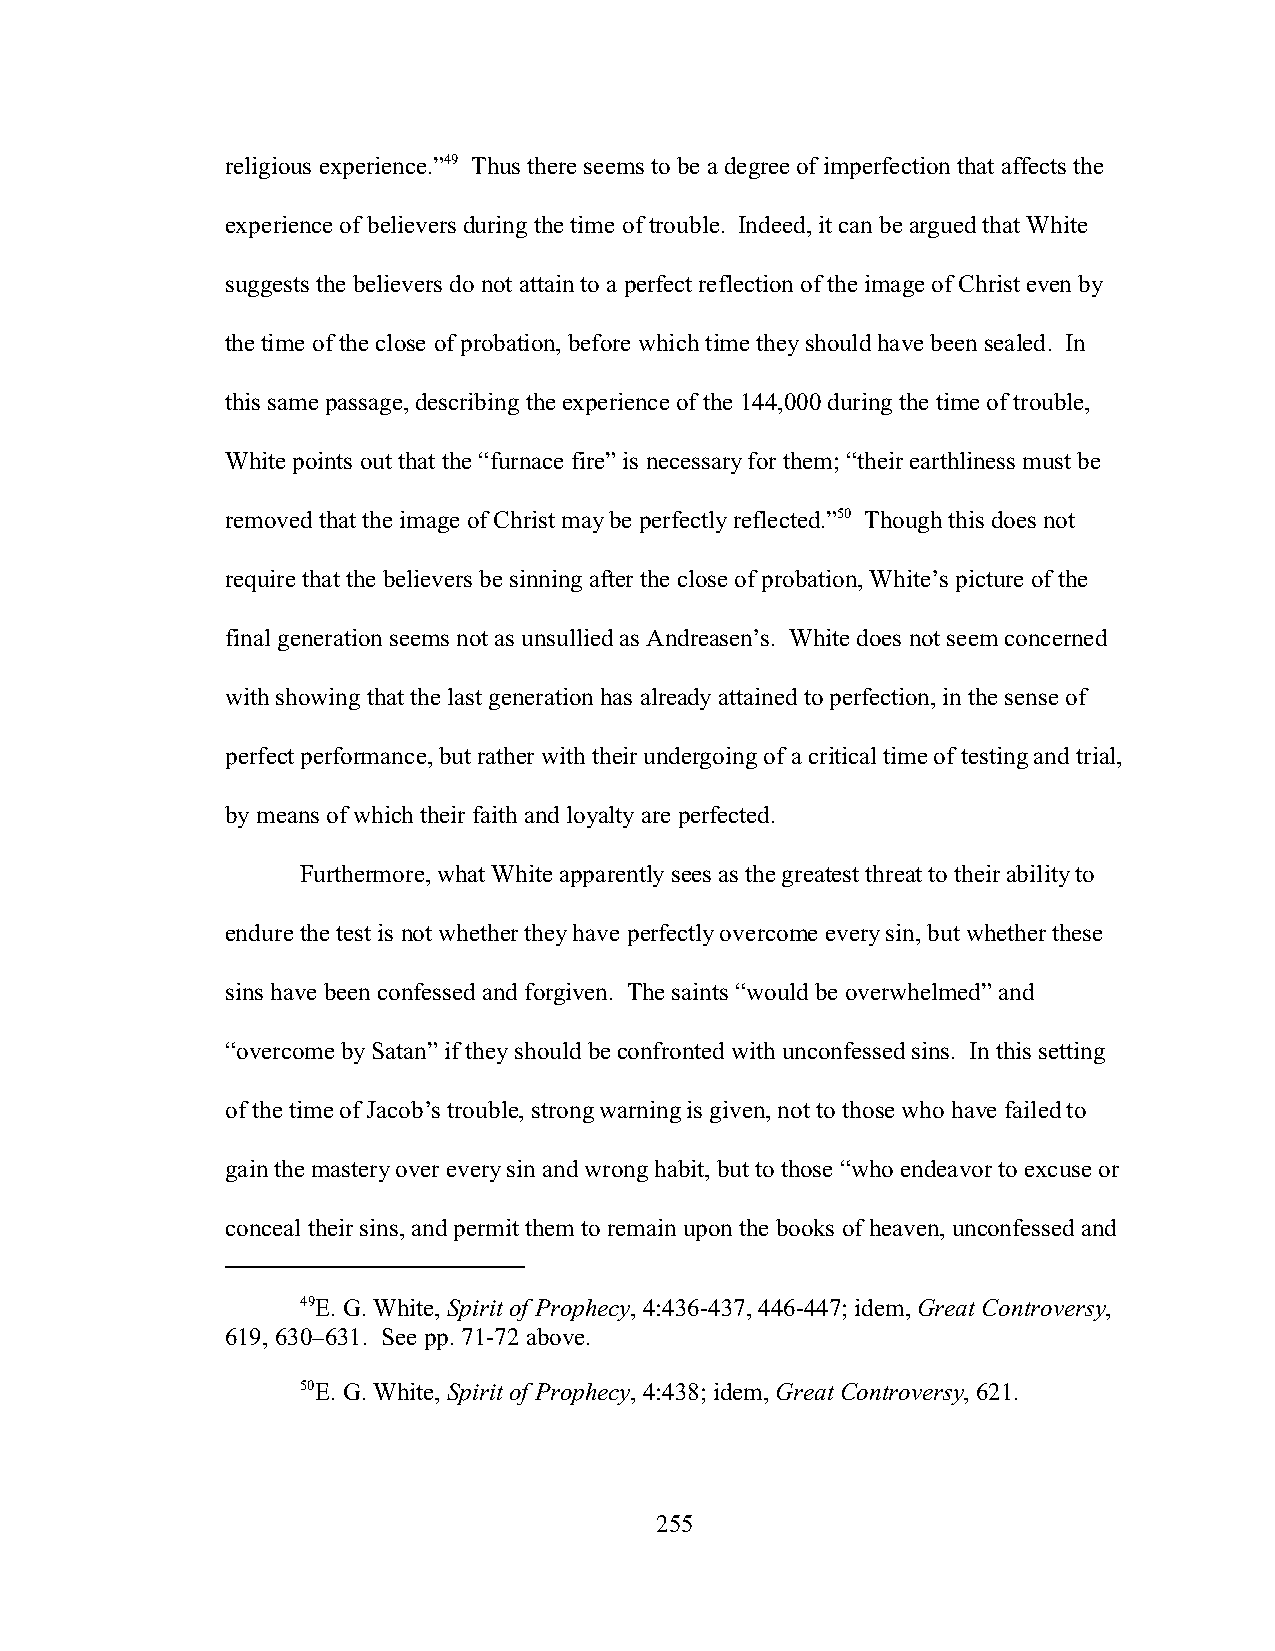
religious experience.”49 Thus there seems to be a degree of imperfection that affects the
 experience of believers during the time of trouble. Indeed, it can be argued that White
 suggests the believers do not attain to a perfect reflection of the image of Christ even by
 the time of the close of probation, before which time they should have been sealed. In
 this same passage, describing the experience of the 144,000 during the time of trouble,
 White points out that the “furnace fire” is necessary for them; “their earthliness must be
 removed that the image of Christ may be perfectly reflected.”50 Though this does not
 require that the believers be sinning after the close of probation, White’s picture of the
 final generation seems not as unsullied as Andreasen’s. White does not seem concerned
 with showing that the last generation has already attained to perfection, in the sense of
 perfect performance, but rather with their undergoing of a critical time of testing and trial,
 by means of which their faith and loyalty are perfected.
 Furthermore, what White apparently sees as the greatest threat to their ability to
 endure the test is not whether they have perfectly overcome every sin, but whether these
 sins have been confessed and forgiven. The saints “would be overwhelmed” and
 “overcome by Satan” if they should be confronted with unconfessed sins. In this setting
 of the time of Jacob’s trouble, strong warning is given, not to those who have failed to
 gain the mastery over every sin and wrong habit, but to those “who endeavor to excuse or
 conceal their sins, and permit them to remain upon the books of heaven, unconfessed and
 49E. G. White, Spirit of Prophecy, 4:436-437, 446-447; idem, Great Controversy,
 619, 630–631. See pp. 71-72 above.
 50E. G. White, Spirit of Prophecy, 4:438; idem, Great Controversy, 621.
 255